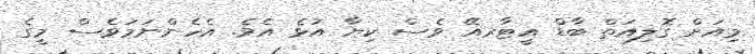
މިއަށް ގޮލިއަތް ބާޑް އީޓާރއޭ ވެސް ކިޔާ އުޅެ އެވެ. އެހެންނަމަވެސް މީގެ